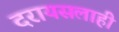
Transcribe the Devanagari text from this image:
दरायसलाही